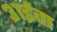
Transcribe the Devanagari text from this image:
३१ईवा